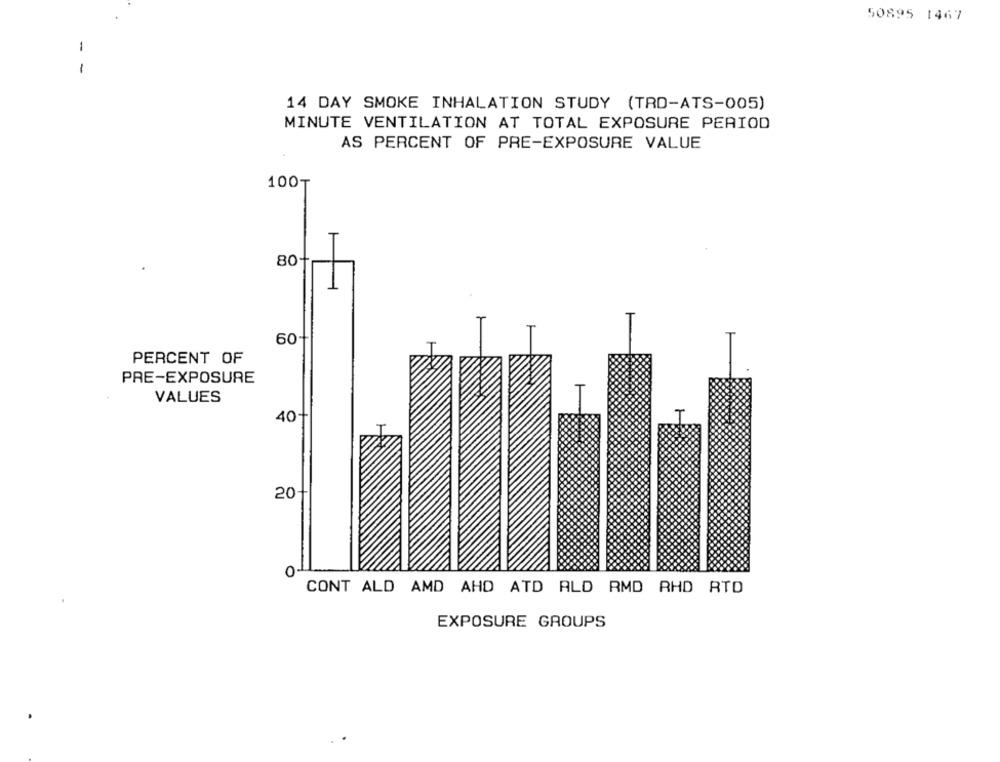
50895 1467
-
14 DAY SMOKE INHALATION STUDY (TRD-ATS-005)
MINUTE VENTILATION AT TOTAL EXPOSURE PERIOD
AS PERCENT OF PRE-EXPOSURE VALUE
100₸
80
60
PERCENT OF
PRE-EXPOSURE
VALUES
40-
20
0
CONT ALD AMD AHD ATD ALD RMD RHD RTD
EXPOSURE GROUPS